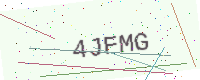
Text: 4JFMG